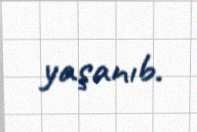
yaşanıb.